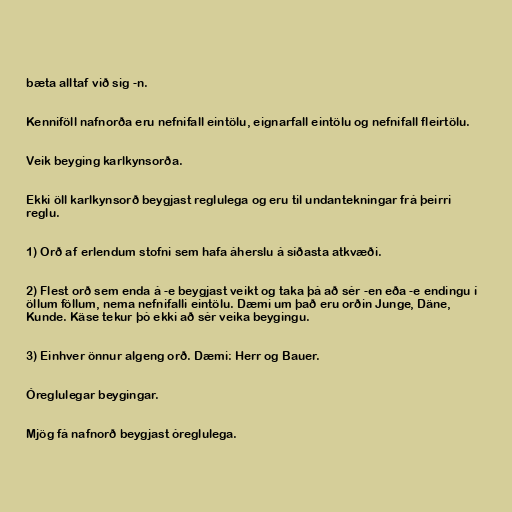
bæta alltaf við sig -n.

Kenniföll nafnorða eru nefnifall eintölu, eignarfall eintölu og nefnifall fleirtölu.

Veik beyging karlkynsorða.

Ekki öll karlkynsorð beygjast reglulega og eru til undantekningar frá þeirri
reglu.

1) Orð af erlendum stofni sem hafa áherslu á síðasta atkvæði.

2) Flest orð sem enda á -e beygjast veikt og taka þá að sér -en eða -e endingu í
öllum föllum, nema nefnifalli eintölu. Dæmi um það eru orðin Junge, Däne,
Kunde. Käse tekur þó ekki að sér veika beygingu.

3) Einhver önnur algeng orð. Dæmi: Herr og Bauer.

Óreglulegar beygingar.

Mjög fá nafnorð beygjast óreglulega.